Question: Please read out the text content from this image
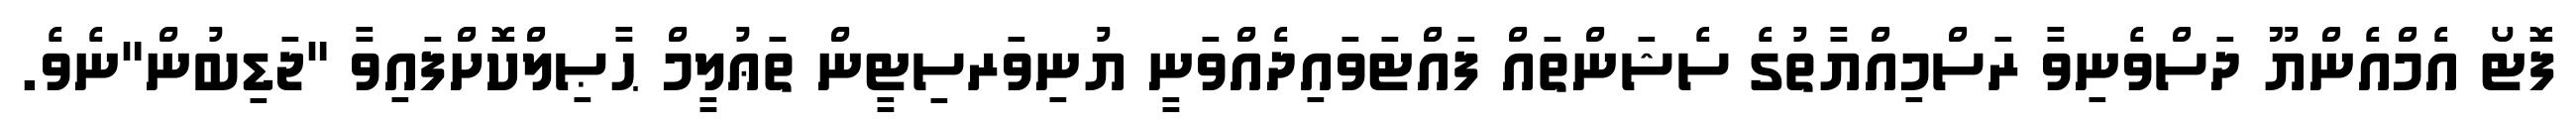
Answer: ފޮޓޯ އެމްއެންޔޫ ދަސްވެނިވާ ރަސްމިއްޔާތުގެ ސެޝަންތައް ފައްޓަވައިދެއްވަނީ ޔުނިވަރސިޓީން ތަޢުލީމް ޙާޞިލްކޮށްފައިވާ "ޖަޑިބުން"ނެވެ.